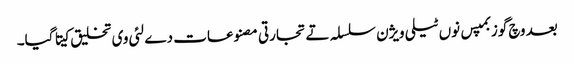
بعد وچ گوزبمپس نو‏‏ں ٹیلی ویژن سلسلہ تے تجارتی مصنوعات دے لئی وی تخلیق کیتا گیا۔